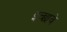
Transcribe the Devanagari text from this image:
इच्छावे